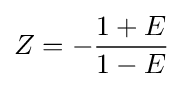
Z=-{\frac {1+E}{1-E}}